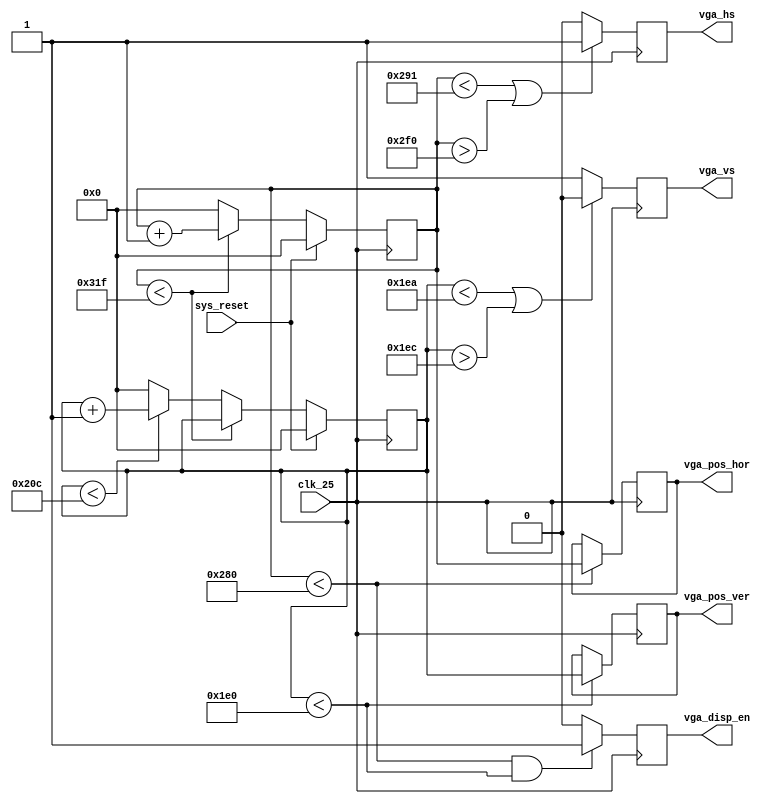
module vga_sync( clk_25, sys_reset, vga_hs, vga_vs, vga_disp_en, vga_pos_hor, vga_pos_ver );

//IO definitions
input clk_25;
input sys_reset;

output vga_hs; //h-sync
output vga_vs; //v-sync

output vga_disp_en; //Color output enabled / sync in visible area
output [9:0] vga_pos_hor;
output [9:0] vga_pos_ver;

//VGA parameters
parameter h_pulse = 96; //H-SYNC pulse width 96 * 40 ns (25 Mhz) = 3.84 uS
parameter h_bp = 48; //H-BP back porch pulse width
parameter h_pixels = 640; //H-PIX Number of pixels horisontally
parameter h_fp = 16; //H-FP front porch pulse width
parameter h_pol = 1'b0; //H-SYNC polarity
parameter h_frame = 800; //800 = 96 (H-SYNC) + 48 (H-BP) + 640 (H-PIX) + 16 (H-FP)
parameter v_pulse = 2; //V-SYNC pulse width
parameter v_bp = 33; //V-BP back porch pulse width
parameter v_pixels = 480; //V-PIX Number of pixels vertically
parameter v_fp = 10; //V-FP front porch pulse width
parameter v_pol = 1'b1; //V-SYNC polarity
parameter v_frame = 525; // 525 = 2 (V-SYNC) + 33 (V-BP) + 480 (V-PIX) + 10 (V-FP)

//IO registers
reg vga_hs_r;
reg vga_vs_r;
reg disp_en;

//IO assignments
assign vga_hs = vga_hs_r;
assign vga_vs = vga_vs_r;
assign vga_disp_en = disp_en;
assign vga_pos_hor = c_col;
assign vga_pos_ver = c_row;

//Internal registers
reg [9:0] c_hor;
reg [9:0] c_ver;
reg [9:0] c_row;
reg [9:0] c_col;

always @ (posedge clk_25) begin	

  if(sys_reset == 1) begin //If in reset state initialize registers
    disp_en <= 0;
    c_hor <= 0;
    c_ver <= 0;
    vga_hs_r <= 1;
    vga_vs_r <= 0;
  end else begin //If started update beam position
    if(c_hor < h_frame - 1) begin
      c_hor <= c_hor + 1;
	end else begin
      c_hor <= 0;
      if(c_ver < v_frame - 1) begin
        c_ver <= c_ver + 1;
      end else begin
        c_ver <= 0;
      end
    end
  end
  
  if(c_hor < h_pixels + h_fp + 1 || c_hor > h_pixels + h_fp + h_pulse) begin // H-SYNC generator
    vga_hs_r <= ~h_pol;
  end else begin
    vga_hs_r <= h_pol;
  end
  
  if(c_ver < v_pixels + v_fp || c_ver > v_pixels + v_fp + v_pulse) begin //V-SYNC generator
    vga_vs_r <= ~v_pol;
  end else begin
    vga_vs_r <= v_pol;
  end
  
  if(c_hor < h_pixels && c_ver < v_pixels) begin
    disp_en <= 1;
  end else begin
    disp_en <= 0;
  end
  
  if(c_hor < h_pixels) begin
    c_col <= c_hor;
  end
  
  if(c_ver < v_pixels) begin
    c_row <= c_ver;
  end
	
end

endmodule